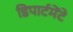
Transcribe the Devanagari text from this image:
डिपार्टमेंटे